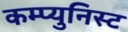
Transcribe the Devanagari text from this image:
कम्प्युनिस्ट